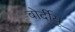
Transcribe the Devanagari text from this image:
बोर्दीयू